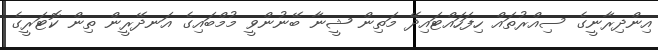
އިންދިރާނީގެ ސިއްރުތައް ހިފަހައްޓައިދޭ މަތިން ޝީނާ ބޭނުންވީ މުމްބައިގެ އަނދޭރީން ތިން ކޮޓަރީގެ